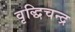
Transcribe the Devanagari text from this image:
वृद्धिचन्द्र